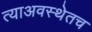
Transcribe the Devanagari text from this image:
त्याअवस्थेतच